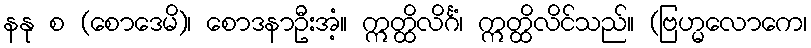
နနု စ (စောဒေမိ)၊ စောဒနာဦးအံ့။ ဣတ္ထိလိင်္ဂံ၊ ဣတ္ထိလိင်သည်။ (ဗြဟ္မလောကေ၊